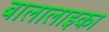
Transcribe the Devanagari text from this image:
बालालाइका